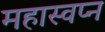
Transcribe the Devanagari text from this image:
महास्‍वप्‍न